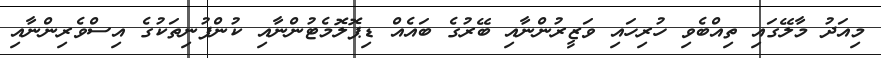
މިއަދު މާލޭގައި ތިއްބެވި ހުރިހައި ވަޒީރުންނާއި ބޭރުގެ ބައެއް ޑިޕޮލޮމެޓުންނާއި ކުންފުނިތަކުގެ އިސްވެރިންނާއި